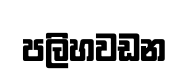
පලිහවඩන